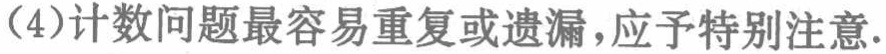
(4)计数问题最容易重复或遗漏，应予特别注意.